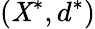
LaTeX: (\mathit{X}^{*},d^{*})